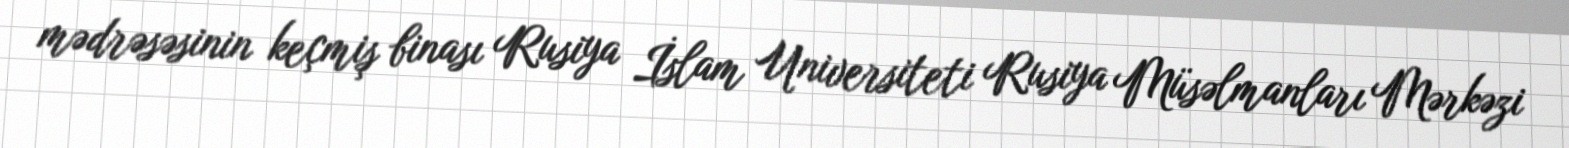
mədrəsəsinin keçmiş binası Rusiya İslam Universiteti Rusiya Müsəlmanları Mərkəzi